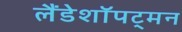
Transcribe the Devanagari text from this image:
लैंडेशॉपट्मन